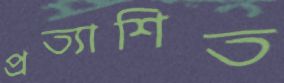
প্রত্যাশিত